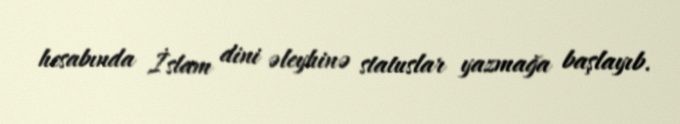
hesabında İslam dini əleyhinə statuslar yazmağa başlayıb.